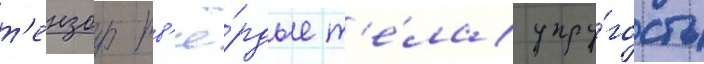
т'ензор тв'ё́рдые т'е́ла упру́гость